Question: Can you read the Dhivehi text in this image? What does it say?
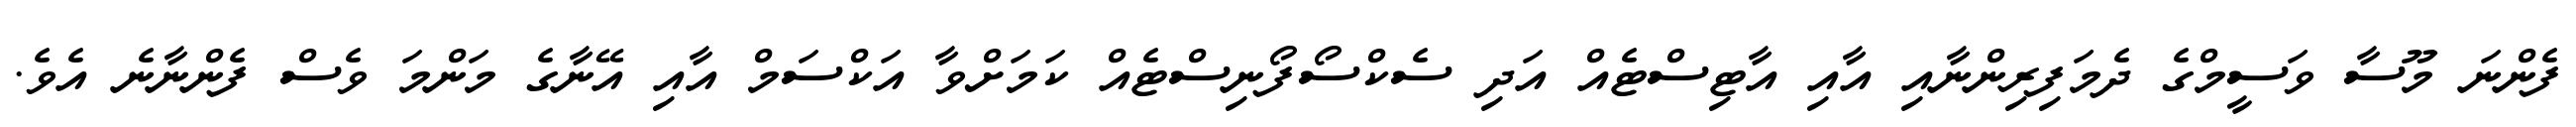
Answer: ފެންނަ މޫސާ ވަސީމްގެ ދެމަފިރިންނާއި އާއި އާޓިސްޓެއް އަދި ސެކްސޯފޯނިސްޓެއް ކަމަށްވާ އަކްސަމް އާއި އޭނާގެ މަންމަ ވެސް ފެންނާނެ އެވެ.